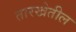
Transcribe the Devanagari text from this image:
तारखेतील